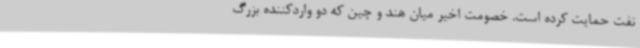
نفت حمایت کرده است. خصومت اخیر میان هند و چین که دو واردکننده بزرگ